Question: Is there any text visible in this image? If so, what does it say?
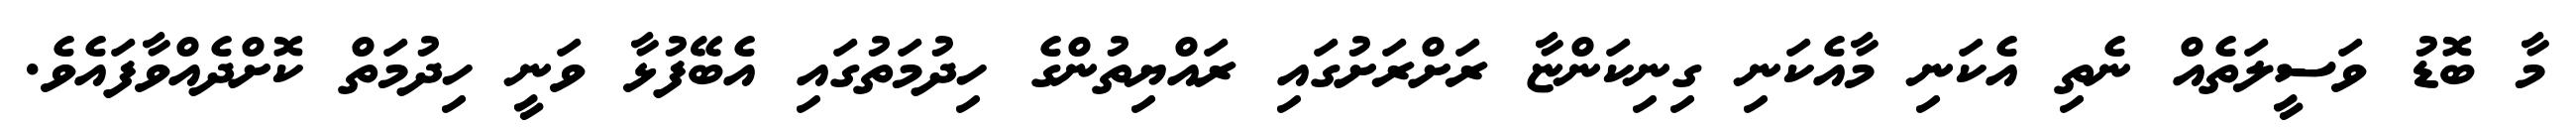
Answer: މާ ބޮޑު ވަސީލަތެއް ނެތި އެކަނި މާއެކަނި ގިނިކަންޏާ ރަށްރަށުގައި ރައްޔިތުންގެ ހިދުމަތުގައި އެބޭފުޅާ ވަނީ ހިދުމަތް ކޮށްދެއްވާފައެވެ.